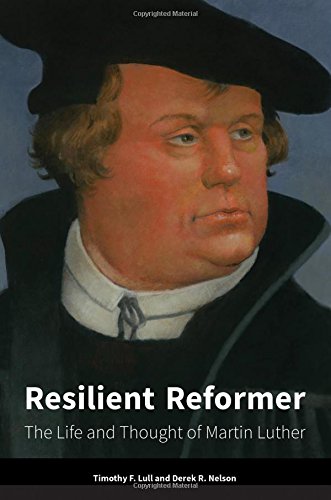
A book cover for Resilient Reformer: The Life and Thought of Martin Luther; Timothy F. Lull; Christian Books & Bibles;